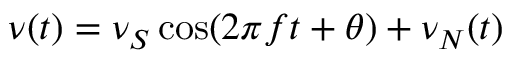
\nu ( t ) = \nu _ { S } \cos ( 2 \pi f t + \theta ) + \nu _ { N } ( t )